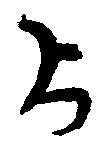
上